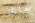
يمكنك